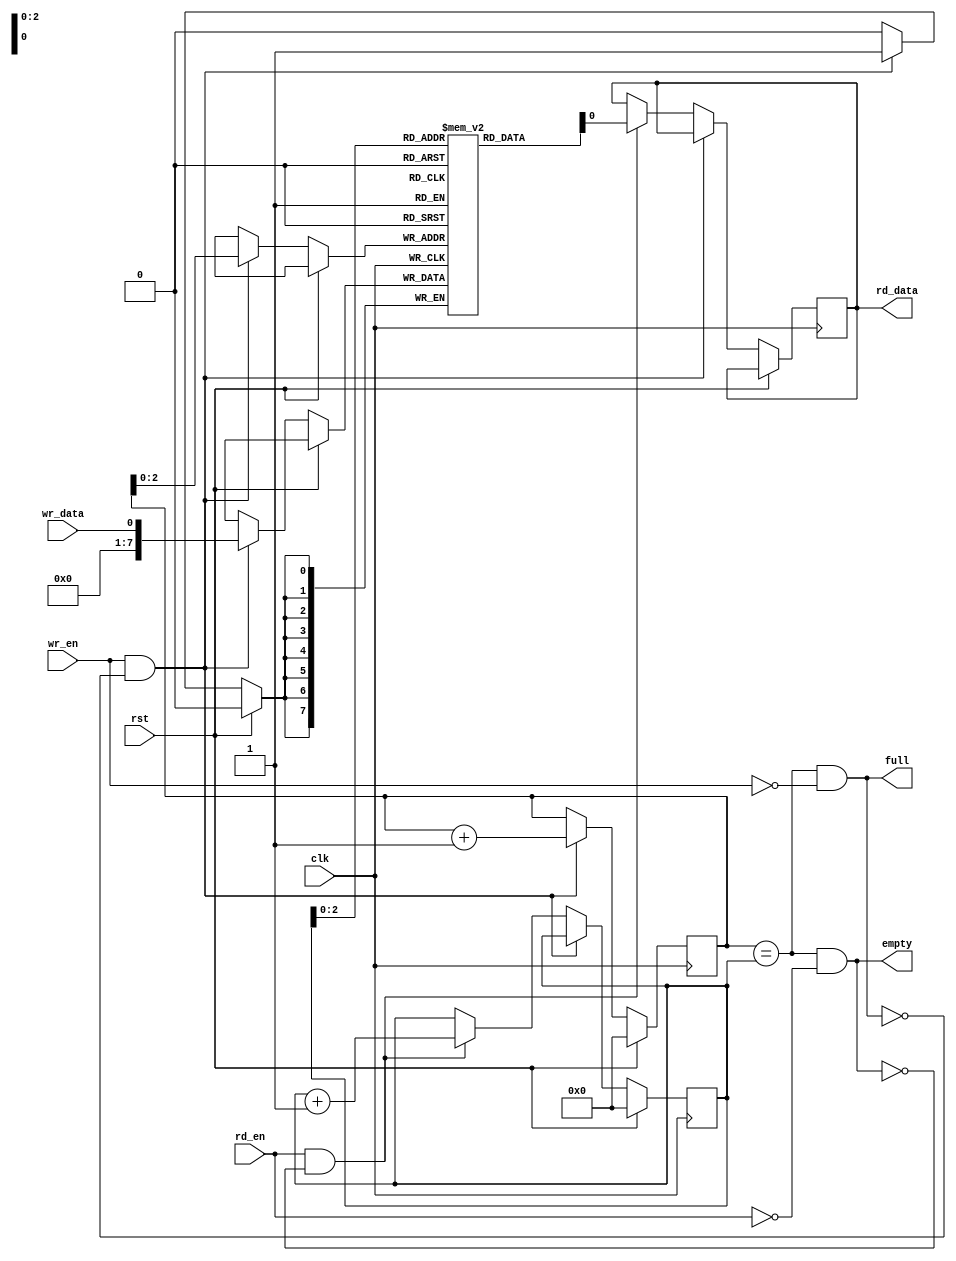
module fifo #(parameter WIDTH = 8, DEPTH = 8) (
  input  clk,
  input rst,
  input wr_en,
  input wr_data,
  output full,
  output empty,
  input  rd_en,
  output reg rd_data
);
  reg [WIDTH-1:0] mem [0:DEPTH-1];
  reg [3:0] wr_ptr, rd_ptr;

  always @(posedge clk) begin
    if (rst) begin
      wr_ptr <= 0;
      rd_ptr <= 0;
    end else if (wr_en & !full) begin
      mem[wr_ptr] <= wr_data;
      wr_ptr <= wr_ptr + 1;
    end else if (rd_en & !empty) begin
      rd_data <= mem[rd_ptr];
      rd_ptr <= rd_ptr + 1;
    end
  end

  assign full = (wr_ptr == rd_ptr) & (wr_en == 0);
  assign empty = (wr_ptr == rd_ptr) & (rd_en == 0);

endmodule